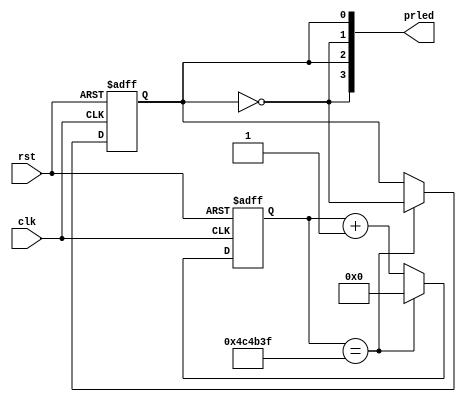
// -------------------------------------------------------
// blink.v    gm-proto-e1 demo program    @20220924 fm4dd
//
// Requires: 4x LEDs, system clock
//
// Description:
// ------------
// This program blinks alternately LED0-LED2 / LED1-LED3.
// A 2Hz blink pulse derived from the 10MHz signal SB_A8:
// 10MHz clock needs breakpoint at 23'd4999999 (gatemate)
// -------------------------------------------------------

module blink(
  input wire clk,
  input wire rst,
  output wire [3:0] prled
);

  reg clk_1hz;
  reg [22:0] count;

  assign prled[0] = clk_1hz;
  assign prled[1] = ~clk_1hz;
  assign prled[2] = clk_1hz;
  assign prled[3] = ~clk_1hz;

  always @(posedge clk or negedge rst)
  begin
    if (!rst) begin
      clk_1hz = 1'b1;
      count = 0;
    end
    else begin 
      count   <= count + 1;
      if(count == 23'd4999999) begin
        count   <= 0;
        clk_1hz <= ~clk_1hz;
      end
    end
  end

endmodule